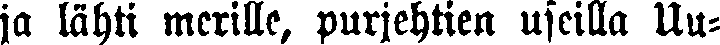
ja lähti merille, purjehtien useilla Uu-